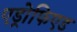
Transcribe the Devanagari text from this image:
एड्रोफिएड